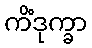
ကိံဒုက္ခာ